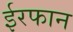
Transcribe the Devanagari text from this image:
ईरफान